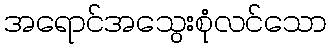
အရောင်အသွေးစုံလင်သော